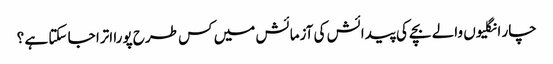
چار انگلیوں والے بچے کی پیدائش کی آزمائش میں کس طرح پورا اترا جا سکتا ہے ؟